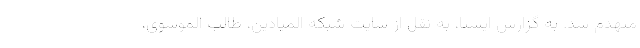
منهدم شد. به گزارش ایسنا، به نقل از سایت شبکه المیادین، طالب الموسوی،